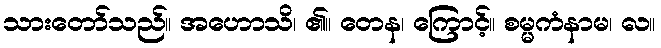
သားတော်သည်။ အဟောသိ၊ ၏။ တေန၊ ကြောင့်။ စမ္မကံနာမ၊ လ။